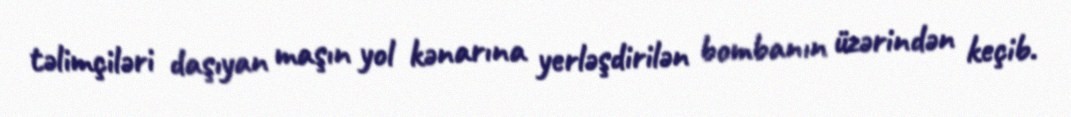
təlimçiləri daşıyan maşın yol kənarına yerləşdirilən bombanın üzərindən keçib.